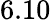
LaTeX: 6.10